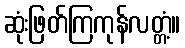
ဆုံးဖြတ်ကြကုန်လတ္တံ့။